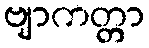
ဗျာကတ္တာ